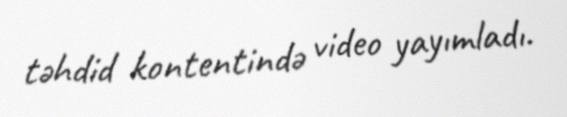
təhdid kontentində video yayımladı.